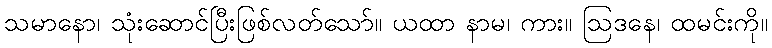
သမာနော၊ သုံးဆောင်ပြီးဖြစ်လတ်သော်။ ယထာ နာမ၊ ကား။ ဩဒနေ၊ ထမင်းကို။